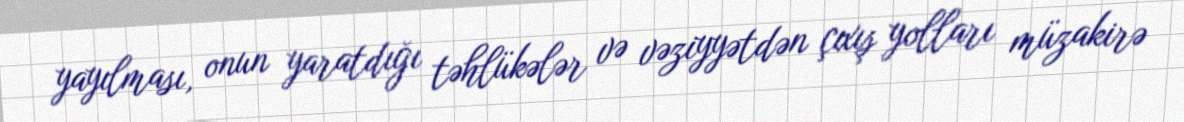
yayılması, onun yaratdığı təhlükələr və vəziyyətdən çıxış yolları müzakirə